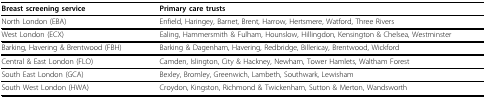
<table><thead><tr><td><b>Breast screening service</b></td><td><b>Primary care trusts</b></td></tr></thead><tbody><tr><td>North London (EBA)</td><td>Enfield, Haringey, Barnet, Brent, Harrow, Hertsmere, Watford, Three Rivers</td></tr><tr><td>West London (ECX)</td><td>Ealing, Hammersmith &amp; Fulham, Hounslow, Hillingdon, Kensington &amp; Chelsea, Westminster</td></tr><tr><td>Barking, Havering &amp; Brentwood (FBH)</td><td>Barking &amp; Dagenham, Havering, Redbridge, Billericay, Brentwood, Wickford</td></tr><tr><td>Central &amp; East London (FLO)</td><td>Camden, Islington, City &amp; Hackney, Newham, Tower Hamlets, Waltham Forest</td></tr><tr><td>South East London (GCA)</td><td>Bexley, Bromley, Greenwich, Lambeth, Southwark, Lewisham</td></tr><tr><td>South West London (HWA)</td><td>Croydon, Kingston, Richmond &amp; Twickenham, Sutton &amp; Merton, Wandsworth</td></tr></tbody></table>